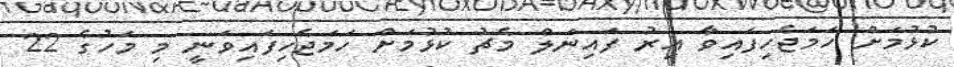
ކުޅުމަށް ހަމަޖެހިފައިވާ އިރު ފައިނަލް މެޗު ކުޅުމަށް ހަމަޖެހިފައިވަނީ މި މަހުގެ 22